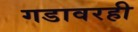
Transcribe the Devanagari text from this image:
गडावरही